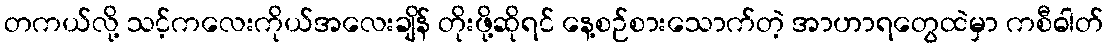
တကယ်လို့ သင့်ကလေးကိုယ်အလေးချိန် တိုးဖို့ဆိုရင် နေ့စဉ်စားသောက်တဲ့ အာဟာရတွေထဲမှာ ကစီဓါတ်